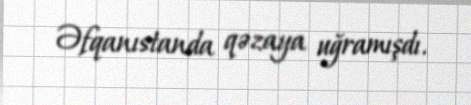
Əfqanıstanda qəzaya uğramışdı.